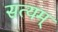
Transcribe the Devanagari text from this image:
सत्‍यम्